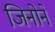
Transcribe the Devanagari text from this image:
जिनोने